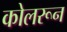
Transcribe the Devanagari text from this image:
कोलरून